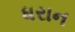
ધરાન